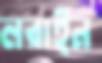
লরাইন